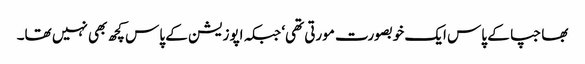
بھاجپا کے پاس ایک خوبصورت مورتی تھی‘ جبکہ اپوزیشن کے پاس کچھ بھی نہیں تھا۔